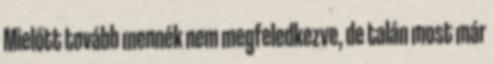
Mielőtt tovább mennék nem megfeledkezve, de talán most már